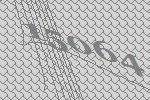
15064